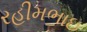
રહીમભાઇ